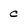
Character: c